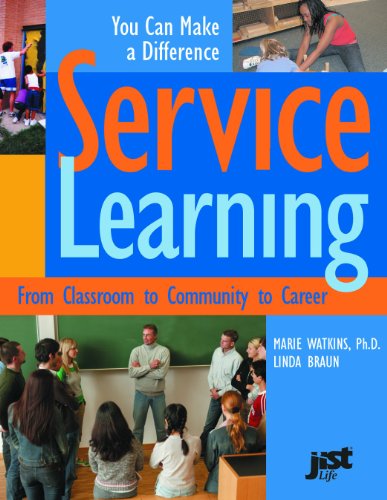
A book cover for Service Learning: From Classroom To Community To Career; Marie Watkins; Teen & Young Adult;